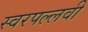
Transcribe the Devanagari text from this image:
स्वरपल्लवी